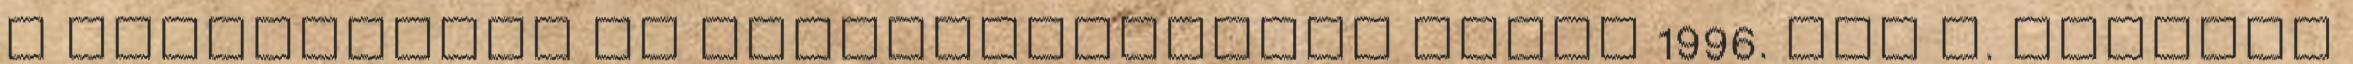
a rádiózásról és televíziózásról szóló 1996. évi I. törvény